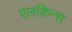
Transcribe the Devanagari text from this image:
एलकिन्स